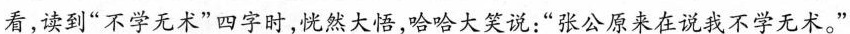
看，读到”不学无术”四字时，恍然大悟，哈哈大笑说：”张公原来在说我不学无术。”